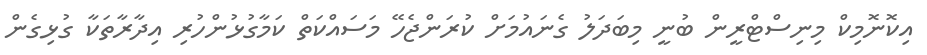
އިކޮނޮމިކް މިނިސްޓްރީން ބުނީ މިބަދަލު ގެނައުމަށް ކުރަންޖެހޭ މަސައްކަތް ކަމާގުޅުންހުރި އިދާރާތަކާ ގުޅިގެން